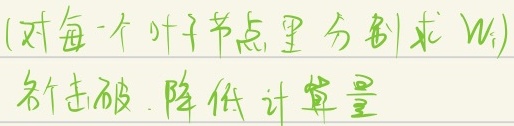
(对每一个叶子节点里分别求 \(w_j\))新击破，降低计算量